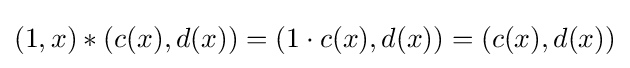
(1,x)*(c(x),d(x))=(1\cdot c(x),d(x))=(c(x),d(x))